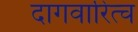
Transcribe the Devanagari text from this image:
दागवारित्च